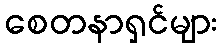
စေတနာရှင်များ